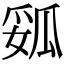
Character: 㼏